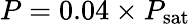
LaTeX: P=0.04\times P_{\mathrm{sat}}